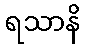
ရသာနိ